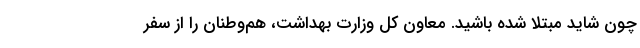
چون شاید مبتلا شده باشید. معاون کل وزارت بهداشت، هم‌وطنان را از سفر